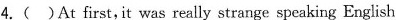
4.( )At first, it was really strange speaking English